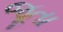
જૂતા